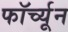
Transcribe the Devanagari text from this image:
फॉर्च्‍यून